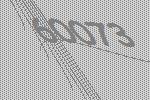
60073